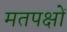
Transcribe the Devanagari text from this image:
मतपक्षों